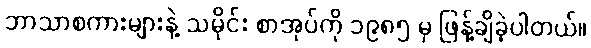
ဘာသာစကားများနဲ့ သမိုင်း စာအုပ်ကို ၁၉၈၅ မှ ဖြန့်ချိခဲ့ပါတယ်။